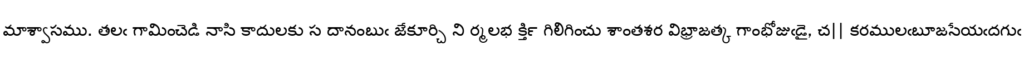
మాశ్వాసము. తలఁ గామించెడి నాసి కాదులకు స దానంబుఁ జేకూర్చి ని ర్మలభ క్తి౯ గిలిగించు శాంతశర విభ్రాజత్క గాంభోజుఁడై, చ|| కరములఁబూజసేయఁదగుఁ